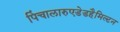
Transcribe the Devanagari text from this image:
पिंचालारुएडेडहैमिल्टन